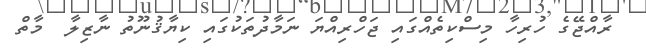
ރާއްޖޭގެ ހުރިހާ މިސްކިތެއްގައި ޖަހްރިއްޔަ ނަމާދުތަކުގައި ކިޔާޤުނޫތު ނާޒިލާ  މާތް